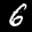
Label: 6